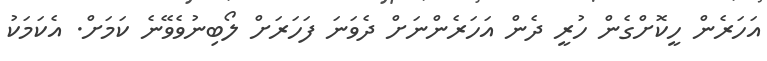
އަހަރެން ހީކޮށްގެން ހުރީ ދެން އަހަރެންނަށް ދެވަނަ ފަހަރަށް ލޯބިނުވެވޭނެ ކަމަށް. އެކަމަކު